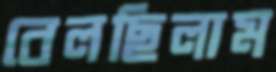
বেলছিলাম